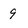
Character: 9